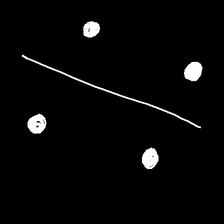
Glyph: cool